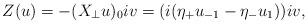
LaTeX: \begin{align*}Z(u) = -(X_{\perp} u)_0 iv = (i(\eta_+ u_{-1} - \eta_- u_1)) iv,\end{align*}